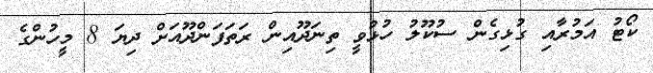
ކޯޓު އަމުރާއި ގުޅިގެން ސުކޫލު ހުޅުވީ ތިނަދޫއިން ރަތަފަންދޫއަށް ދިޔަ 8 މީހުންގެ